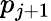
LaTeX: p_{j+1}